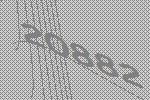
20882